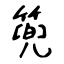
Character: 篼